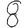
Digit: 8